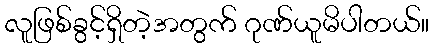
လူဖြစ်ခွင့်ရှိတဲ့အတွက် ဂုဏ်ယူမိပါတယ်။